Annual report of the Punjab Veterinary College and of the Civil Veterinary Department, Punjab - 1920-1925
Year: 1920
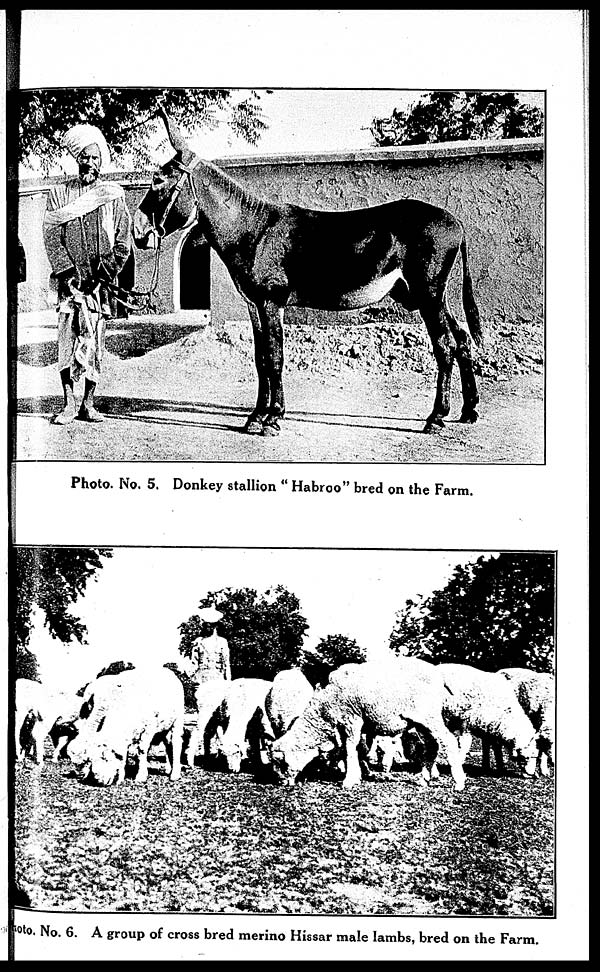
Photo. No. 5. Donkey stallion "Habroo" bred on the Farm.
hoto. No. 6. A group of cross bred merino Hissar male lambs, bred on the Farm.